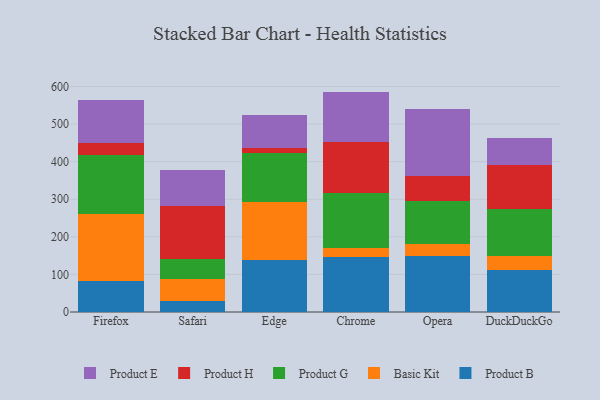
{"axis": {"x": "Browser", "y": "Humidity (%)"}, "legend": ["Basic Kit", "Product B", "Product E", "Product G", "Product H"], "data": [{"x": "Firefox", "y": 83.4, "type": "Product B"}, {"x": "Firefox", "y": 178.7, "type": "Basic Kit"}, {"x": "Firefox", "y": 156.1, "type": "Product G"}, {"x": "Firefox", "y": 31.5, "type": "Product H"}, {"x": "Firefox", "y": 114.2, "type": "Product E"}, {"x": "Safari", "y": 30.5, "type": "Product B"}, {"x": "Safari", "y": 57.0, "type": "Basic Kit"}, {"x": "Safari", "y": 52.5, "type": "Product G"}, {"x": "Safari", "y": 140.8, "type": "Product H"}, {"x": "Safari", "y": 97.0, "type": "Product E"}, {"x": "Edge", "y": 138.0, "type": "Product B"}, {"x": "Edge", "y": 155.6, "type": "Basic Kit"}, {"x": "Edge", "y": 130.8, "type": "Product G"}, {"x": "Edge", "y": 11.4, "type": "Product H"}, {"x": "Edge", "y": 87.6, "type": "Product E"}, {"x": "Chrome", "y": 145.7, "type": "Product B"}, {"x": "Chrome", "y": 23.8, "type": "Basic Kit"}, {"x": "Chrome", "y": 146.1, "type": "Product G"}, {"x": "Chrome", "y": 137.2, "type": "Product H"}, {"x": "Chrome", "y": 133.7, "type": "Product E"}, {"x": "Opera", "y": 149.3, "type": "Product B"}, {"x": "Opera", "y": 31.4, "type": "Basic Kit"}, {"x": "Opera", "y": 114.7, "type": "Product G"}, {"x": "Opera", "y": 66.6, "type": "Product H"}, {"x": "Opera", "y": 178.9, "type": "Product E"}, {"x": "DuckDuckGo", "y": 112.7, "type": "Product B"}, {"x": "DuckDuckGo", "y": 36.7, "type": "Basic Kit"}, {"x": "DuckDuckGo", "y": 125.4, "type": "Product G"}, {"x": "DuckDuckGo", "y": 117.7, "type": "Product H"}, {"x": "DuckDuckGo", "y": 71.5, "type": "Product E"}]}